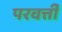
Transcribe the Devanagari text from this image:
परवर्त्ती